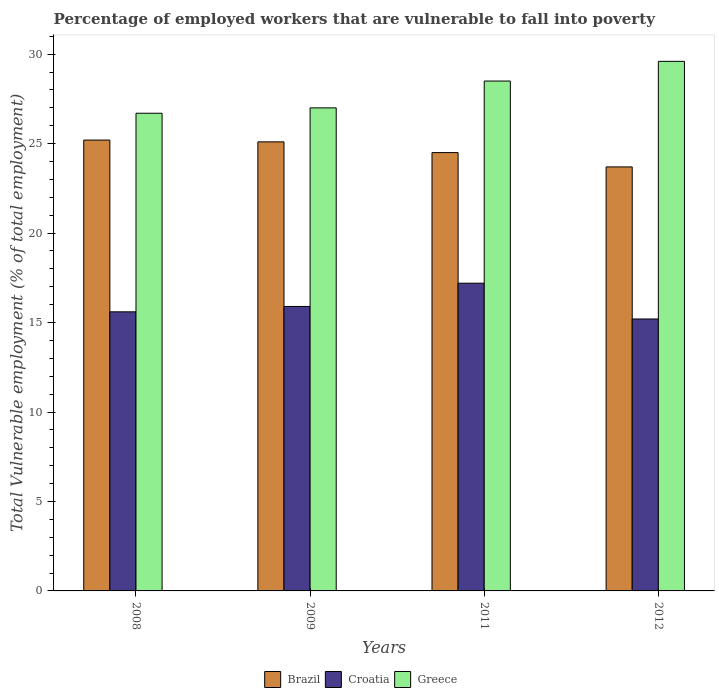
| Years | Brazil | Croatia | Greece |
 | --- | --- | --- | --- |
 | 2008 | 25.2 | 15.6 | 26.7 |
 | 2009 | 25.1 | 15.9 | 27 |
 | 2011 | 24.5 | 17.2 | 28.5 |
 | 2012 | 23.7 | 15.2 | 29.6 |